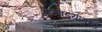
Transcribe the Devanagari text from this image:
आठवड्यांमध्ये